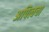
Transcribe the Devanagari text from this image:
अपित्वचा